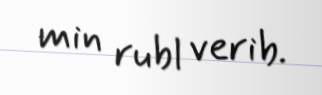
min rubl verib.